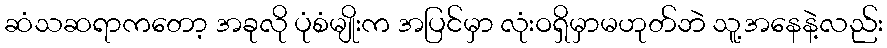
ဆံသဆရာကတော့ အခုလို ပုံစံမျိုးက အပြင်မှာ လုံးဝရှိမှာမဟုတ်ဘဲ သူ့အနေနဲ့လည်း